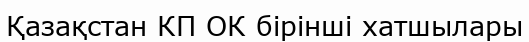
Қазақстан КП ОК бірінші хатшылары